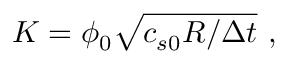
K = \phi _ { 0 } \sqrt { c _ { s 0 } R / \Delta t } ~ ,